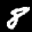
Label: 8